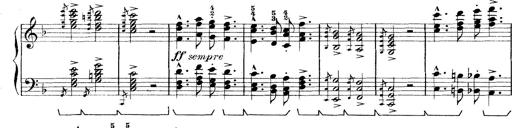
Title: Rapsodie: 19 ungheresi, 1 spagnuola
Composer: Franz Liszt